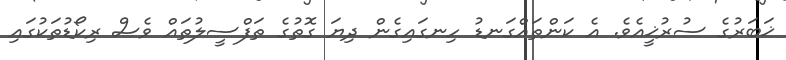
ޚަބަރުގެ ސުރުޚީއެވެ. އެ ކަންތައްގަނޑު ހިނގައިގެން ދިޔަ ގޮތުގެ ތަފްސީލުތައް ވެސް ރިކޯޑުތަކުގައި